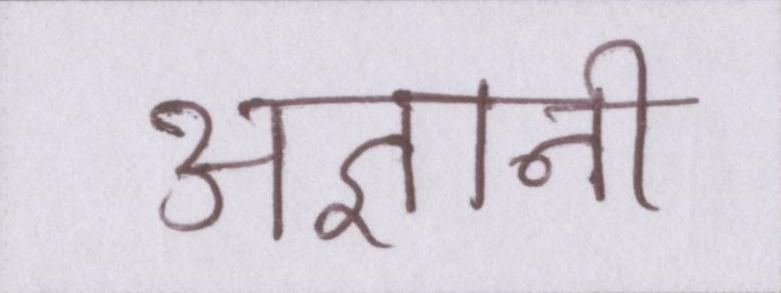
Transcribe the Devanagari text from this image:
अज्ञानी